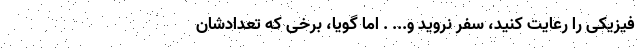
فیزیکی را رعایت کنید، سفر نروید و... . اما گویا، برخی که تعدادشان